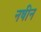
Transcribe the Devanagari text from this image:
नषीन